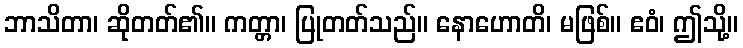
ဘာသိတာ၊ ဆိုတတ်၏။ ကတ္တာ၊ ပြုတတ်သည်။ နောဟောတိ၊ မဖြစ်။ ဧဝံ၊ ဤသို့။